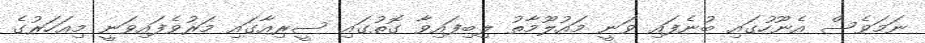
ނަމަވެސް އެނޫހުގައި ބުނެފައި ވަނީ މައުލޫމާތު ލިބިފައިވާ ގޮތުގައި ސީރިއާގައި މަރުވެފައިވަނީ މިއަހަރުގެ